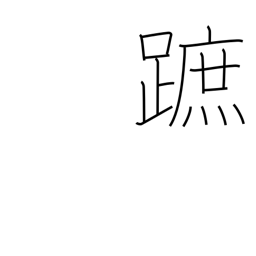
Meaning: sole of foot